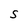
Character: S